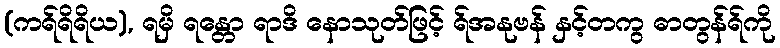
(ကရ်ရိရိယ), ရမှိ ရန္တော ရာဒိ နောသုတ်ဖြင့် ရ်အနုဗန် နှင့်တကွ ဓာတွန်ရ်ကို